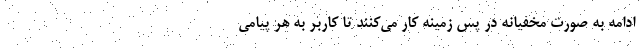
ادامه به صورت مخفیانه در پس زمینه کار می‌کنند تا کاربر به هر پیامی